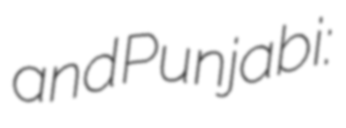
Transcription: and Punjabi: جنگل ماریالا